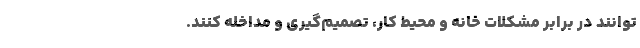
‌توانند در برابر مشکلات خانه و محیط کار، تصمیم‌گیری و مداخله کنند.